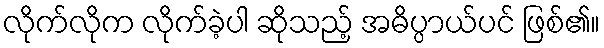
လိုက်လိုက လိုက်ခဲ့ပါ ဆိုသည့် အဓိပ္ပာယ်ပင် ဖြစ်၏။